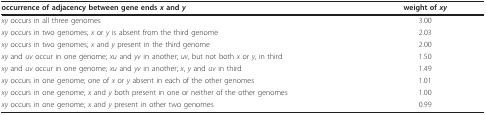
| occurrence of adjacency between gene ends x and y | weight of xy |
 | --- | --- |
 | xy occurs in all three genomes | 3.00 |
 | xy occurs in two genomes; x or y is absent from the third genome | 2.03 |
 | xy occurs in two genomes; x and y present in the third genome | 2.00 |
 | xy and uv occur in one genome; xu and yv in another; uv, but not both x or y, in third | 1.50 |
 | xy and uv occur in one genome; xu and yv in another; x, y and uv in third | 1.49 |
 | xy occurs in one genome; one of x or y absent in each of the other genomes | 1.01 |
 | xy occurs in one genome; x and y both present in one or neither of the other genomes | 1.00 |
 | xy occurs in one genome; x and y present in other two genomes | 0.99 |